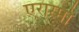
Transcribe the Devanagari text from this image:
एरास्मो